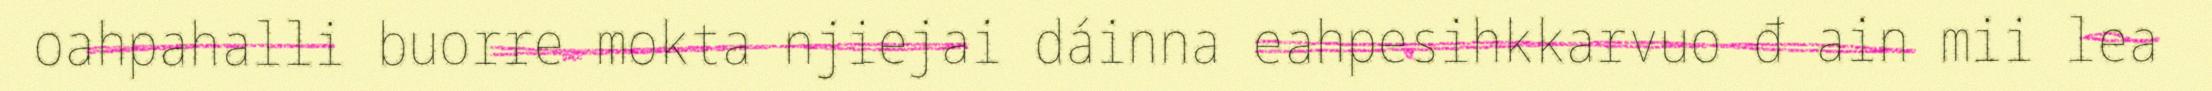
oahpahalli buorre mokta njiejai dáinna eahpesihkkarvuo đ ain mii lea